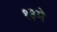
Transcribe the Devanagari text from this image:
१३मे